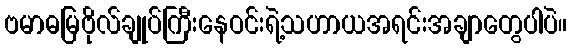
ဗမာဓမြဗိုလ်ချုပ်ကြီးနေဝင်းရဲ့သဟာယအရင်းအချာတွေပါပဲ။